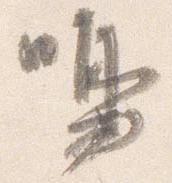
鳴